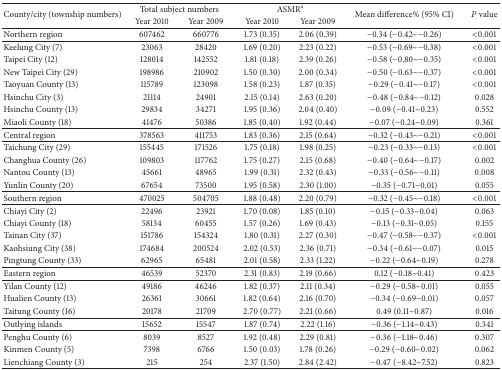
<table><thead><tr><td rowspan="2"><b>County/city (township numbers)</b></td><td colspan="2"><b>Total subject numbers</b></td><td colspan="2"><b>ASMR<sup>a</sup></b></td><td rowspan="2"><b>Mean difference% (95% CI)</b></td><td rowspan="2"><b><i>P</i> value</b></td></tr><tr><td><b>Year 2010</b></td><td><b>Year 2009</b></td><td><b>Year 2010</b></td><td><b>Year 2009</b></td></tr></thead><tbody><tr><td>Northern region</td><td>607462</td><td>660776</td><td>1.73 (0.35)</td><td>2.06 (0.39)</td><td>−0.34 (−0.42~−0.26)</td><td>&lt;0.001</td></tr><tr><td>Keelung City (7)</td><td>23063</td><td>28420</td><td>1.69 (0.20)</td><td>2.23 (0.22)</td><td>−0.53 (−0.69~−0.38)</td><td>&lt;0.001</td></tr><tr><td>Taipei City (12)</td><td>128014</td><td>142552</td><td>1.81 (0.18)</td><td>2.39 (0.26)</td><td>−0.58 (−0.80~−0.35)</td><td>&lt;0.001</td></tr><tr><td>New Taipei City (29)</td><td>198986</td><td>210902</td><td>1.50 (0.30)</td><td>2.00 (0.34)</td><td>−0.50 (−0.63~−0.37)</td><td>&lt;0.001</td></tr><tr><td>Taoyuan County (13)</td><td>115789</td><td>123098</td><td>1.58 (0.23)</td><td>1.87 (0.35)</td><td>−0.29 (−0.41~−0.17)</td><td>&lt;0.001</td></tr><tr><td>Hsinchu City (3)</td><td>21114</td><td>24901</td><td>2.15 (0.14)</td><td>2.63 (0.20)</td><td>−0.48 (−0.84~−0.12)</td><td>0.028</td></tr><tr><td>Hsinchu County (13)</td><td>29834</td><td>34271</td><td>1.95 (0.36)</td><td>2.04 (0.40)</td><td>−0.09 (−0.41~0.23)</td><td>0.552</td></tr><tr><td>Miaoli County (18) </td><td>41476</td><td>50386</td><td>1.85 (0.40)</td><td>1.92 (0.44)</td><td>−0.07 (−0.24~0.09)</td><td>0.361</td></tr><tr><td>Central region</td><td>378563</td><td>411753</td><td>1.83 (0.36)</td><td>2.15 (0.64)</td><td>−0.32 (−0.43~−0.21)</td><td>&lt;0.001</td></tr><tr><td>Taichung City (29)</td><td>155445</td><td>171526</td><td>1.75 (0.18)</td><td>1.98 (0.25)</td><td>−0.23 (−0.33~−0.13)</td><td>&lt;0.001</td></tr><tr><td>Changhua County (26)</td><td>109803</td><td>117762</td><td>1.75 (0.27)</td><td>2.15 (0.68)</td><td>−0.40 (−0.64~−0.17)</td><td>0.002</td></tr><tr><td>Nantou County (13)</td><td>45661</td><td>48965</td><td>1.99 (0.31)</td><td>2.32 (0.43)</td><td>−0.33 (−0.56~−0.11)</td><td>0.008</td></tr><tr><td>Yunlin County (20) </td><td>67654</td><td>73500</td><td>1.95 (0.58)</td><td>2.30 (1.00)</td><td>−0.35 (−0.71~0.01)</td><td>0.055</td></tr><tr><td>Southern region</td><td>470025</td><td>504705</td><td>1.88 (0.48)</td><td>2.20 (0.79)</td><td>−0.32 (−0.45~−0.18)</td><td>&lt;0.001</td></tr><tr><td>Chiayi City (2)</td><td>22496</td><td>23921</td><td>1.70 (0.08)</td><td>1.85 (0.10)</td><td>−0.15 (−0.33~0.04)</td><td>0.063</td></tr><tr><td>Chiayi County (18)</td><td>58134</td><td>60455</td><td>1.57 (0.26)</td><td>1.69 (0.43)</td><td>−0.13 (−0.31~0.05)</td><td>0.155</td></tr><tr><td>Tainan City (37)</td><td>151786</td><td>154324</td><td>1.80 (0.31)</td><td>2.27 (0.30)</td><td>−0.47 (−0.58~−0.37)</td><td>&lt;0.001</td></tr><tr><td>Kaohsiung City (38)</td><td>174684</td><td>200524</td><td>2.02 (0.53)</td><td>2.36 (0.71)</td><td>−0.34 (−0.61~−0.07)</td><td>0.015</td></tr><tr><td>Pingtung County (33) </td><td>62965</td><td>65481</td><td>2.01 (0.58)</td><td>2.33 (1.22)</td><td>−0.22 (−0.64~0.19)</td><td>0.278</td></tr><tr><td>Eastern region</td><td>46539</td><td>52370</td><td>2.31 (0.83)</td><td>2.19 (0.66)</td><td>0.12 (−0.18~0.41)</td><td>0.423</td></tr><tr><td>Yilan County (12)</td><td>49186</td><td>46246</td><td>1.82 (0.37)</td><td>2.11 (0.34)</td><td>−0.29 (−0.58~0.01)</td><td>0.055</td></tr><tr><td>Hualien County (13)</td><td>26361</td><td>30661</td><td>1.82 (0.64)</td><td>2.16 (0.70)</td><td>−0.34 (−0.69~0.01)</td><td>0.057</td></tr><tr><td>Taitung County (16) </td><td>20178</td><td>21709</td><td>2.70 (0.77)</td><td>2.21 (0.66)</td><td>0.49 (0.11~0.87)</td><td>0.016</td></tr><tr><td>Outlying islands</td><td>15652</td><td>15547</td><td>1.87 (0.74)</td><td>2.22 (1.16)</td><td>−0.36 (−1.14~0.43)</td><td>0.341</td></tr><tr><td>Penghu County (6)</td><td>8039</td><td>8527</td><td>1.92 (0.48)</td><td>2.29 (0.81)</td><td>−0.36 (−1.18~0.46)</td><td>0.307</td></tr><tr><td>Kinmen County (5)</td><td>7398</td><td>6766</td><td>1.50 (0.03)</td><td>1.78 (0.26)</td><td>−0.29 (−0.60~0.02)</td><td>0.062</td></tr><tr><td>Lienchiang County (3) </td><td>215</td><td>254</td><td>2.37 (1.50)</td><td>2.84 (2.42)</td><td>−0.47 (−8.42~7.52)</td><td>0.823</td></tr></tbody></table>